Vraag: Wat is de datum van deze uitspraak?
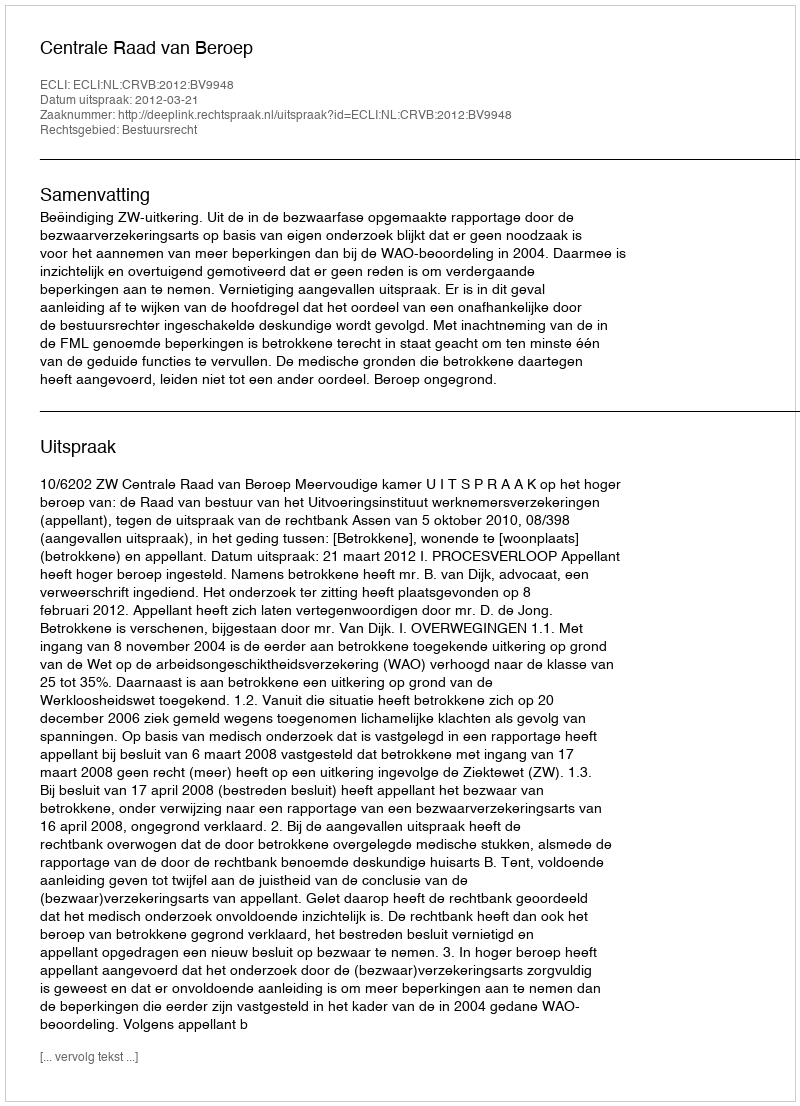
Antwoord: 2012-03-21